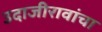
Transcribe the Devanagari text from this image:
उदाजीरावांचा